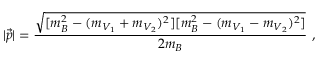
| \vec { p } | = \frac { \sqrt { [ m _ { B } ^ { 2 } - ( m _ { V _ { 1 } } + m _ { V _ { 2 } } ) ^ { 2 } ] [ m _ { B } ^ { 2 } - ( m _ { V _ { 1 } } - m _ { V _ { 2 } } ) ^ { 2 } ] } } { 2 m _ { B } } \ ,